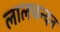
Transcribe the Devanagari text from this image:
लालचन्दन